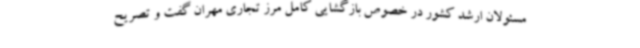
مسئولان ارشد کشور در خصوص بازگشایی کامل مرز تجاری مهران گفت و تصریح